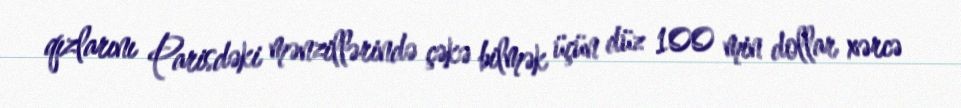
qızlarını Parisdəki mənzillərində çəkə bilmək üçün düz 100 min dollar xərcə